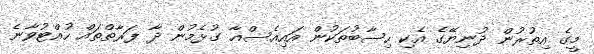
މީގެ އިތުރުން ދުނިޔޭގެ އެކި ހިސާބުތަކުން އައިއެސްއާ ގުޅެމުން ދާ ފަރާތްތައް ހުއްޓުވާނެ